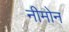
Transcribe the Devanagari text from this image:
नीमोन